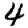
Digit: 4